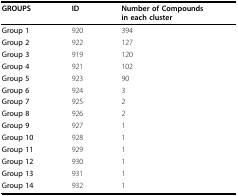
| GROUPS | ID | Number of Compounds in each cluster |
 | --- | --- | --- |
 | Group 1 | 920 | 394 |
 | Group 2 | 922 | 127 |
 | Group 3 | 919 | 120 |
 | Group 4 | 921 | 102 |
 | Group 5 | 923 | 90 |
 | Group 6 | 924 | 3 |
 | Group 7 | 925 | 2 |
 | Group 8 | 926 | 2 |
 | Group 9 | 927 | 1 |
 | Group 10 | 928 | 1 |
 | Group 11 | 929 | 1 |
 | Group 12 | 930 | 1 |
 | Group 13 | 931 | 1 |
 | Group 14 | 932 | 1 |